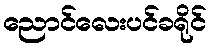
ညောင်လေးပင်ခရိုင်